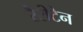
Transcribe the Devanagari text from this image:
रैरीटेन